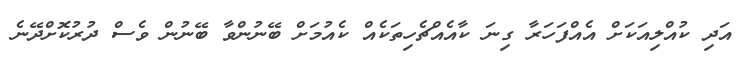
އަދި ކުއްލިއަކަށް އެއްފަހަރާ ގިނަ ކާއެއްޗެހިތަކެއް ކެއުމަށް ބޭނުންވާ ބޭނުން ވެސް ދުރުކޮށްދޭނެ